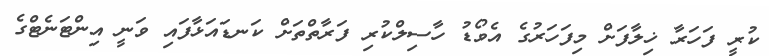
ކުރީ ފަހަރާ ޚިލާފަށް މިފަހަރުގެ އެވޯޑު ހާސިލްކުރި ފަރާތްތަށް ކަނޑައަޅާފައި ވަނީ އިންޓަނެޓްގެ